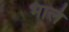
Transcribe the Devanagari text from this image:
भालं